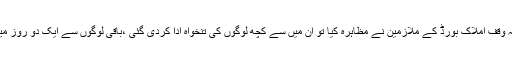
ابھی جمعرات کو ہی متروکہ وقف املاک بورڈ کے ملازمین نے مظاہرہ کیا تو ان میں سے کچھ لوگوں کی تنخواہ ادا کردی گئی ،باقی لوگوں سے ایک دو روز میں ادا کرنے کا وعدہ کیا گیا۔